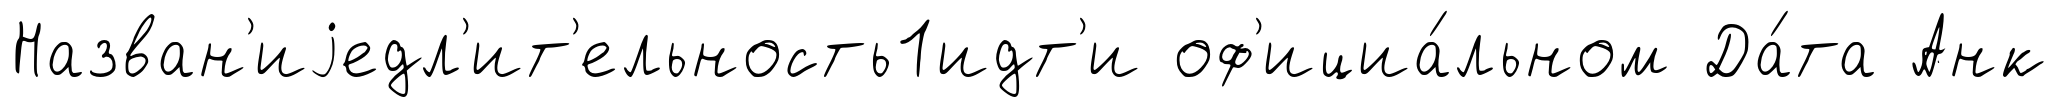
Назван'иjедл'ит'ельность1идт'и оф'ициа́льном Да́та Анк